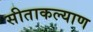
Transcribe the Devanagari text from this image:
सीताकल्याण